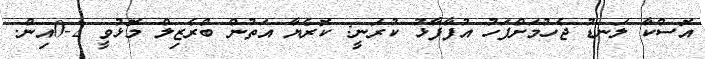
އޮސްކާ ލަނޑު ޖެހުމަށްފަހު އުފާފާޅު ކުރަނީ: ކޮރެޔާ އަތުން ބްރެޒިލް މޮޅުވީ 2-0އިން.